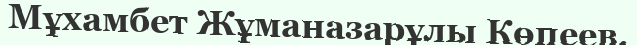
Мұхамбет Жұманазарұлы Көпеев.